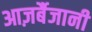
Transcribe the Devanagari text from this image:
आज़र्बैजानी